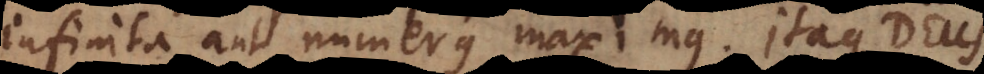
infinita aut numerus maximus. Itaque Deus